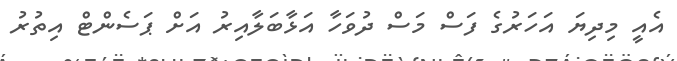
އެއީ މިދިޔަ އަހަރުގެ ފަސް މަސް ދުވަހާ އަޅާބަލާއިރު އަށް ޕަސެންޓް އިތުރު